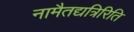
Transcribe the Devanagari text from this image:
नामैतद्यत्रिरिति